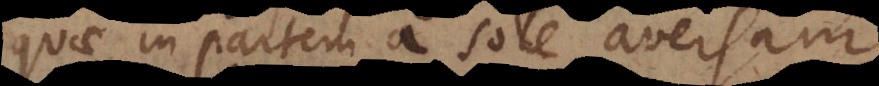
quae in partem a sole aversam